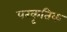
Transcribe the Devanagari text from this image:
परकृतिक